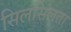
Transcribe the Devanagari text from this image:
सिलसिलता